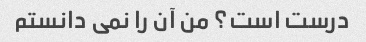
درست است؟ من آن را نمی دانستم